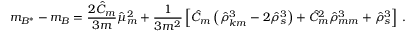
m _ { B ^ { * } } - m _ { B } = \frac { 2 \hat { C } _ { m } } { 3 m } \hat { \mu } _ { m } ^ { 2 } + \frac { 1 } { 3 m ^ { 2 } } \left[ \hat { C } _ { m } \left( \hat { \rho } _ { k m } ^ { 3 } - 2 \hat { \rho } _ { s } ^ { 3 } \right) + \hat { C } _ { m } ^ { 2 } \hat { \rho } _ { m m } ^ { 3 } + \hat { \rho } _ { s } ^ { 3 } \right] \, .